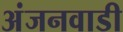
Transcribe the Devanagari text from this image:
अंजनवाडी